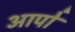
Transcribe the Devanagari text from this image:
आपो॑